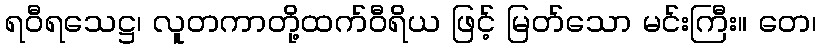
ရဝီရသေဋ္ဌ၊ လူတကာတို့ထက်ဝီရိယ ဖြင့် မြတ်သော မင်းကြီး။ တေ၊